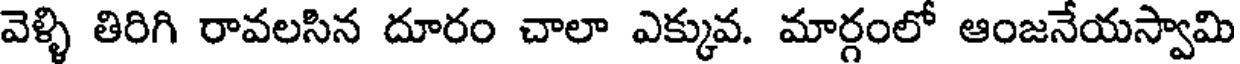
వెళ్ళి తిరిగి రావలసిన దూరం చాలా ఎక్కువ. మార్గంలో ఆంజనేయస్వామి